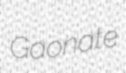
Gaonate